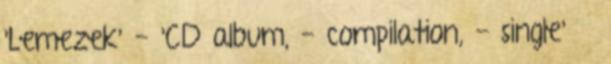
'Lemezek' - 'CD album, - compilation, - single' »